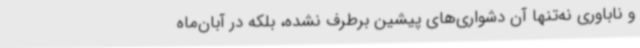
و ناباوری نه‌تنها آن دشواری‌های پیشین برطرف نشده، بلکه در آبان‌ماه